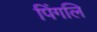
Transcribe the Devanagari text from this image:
पिंगलि